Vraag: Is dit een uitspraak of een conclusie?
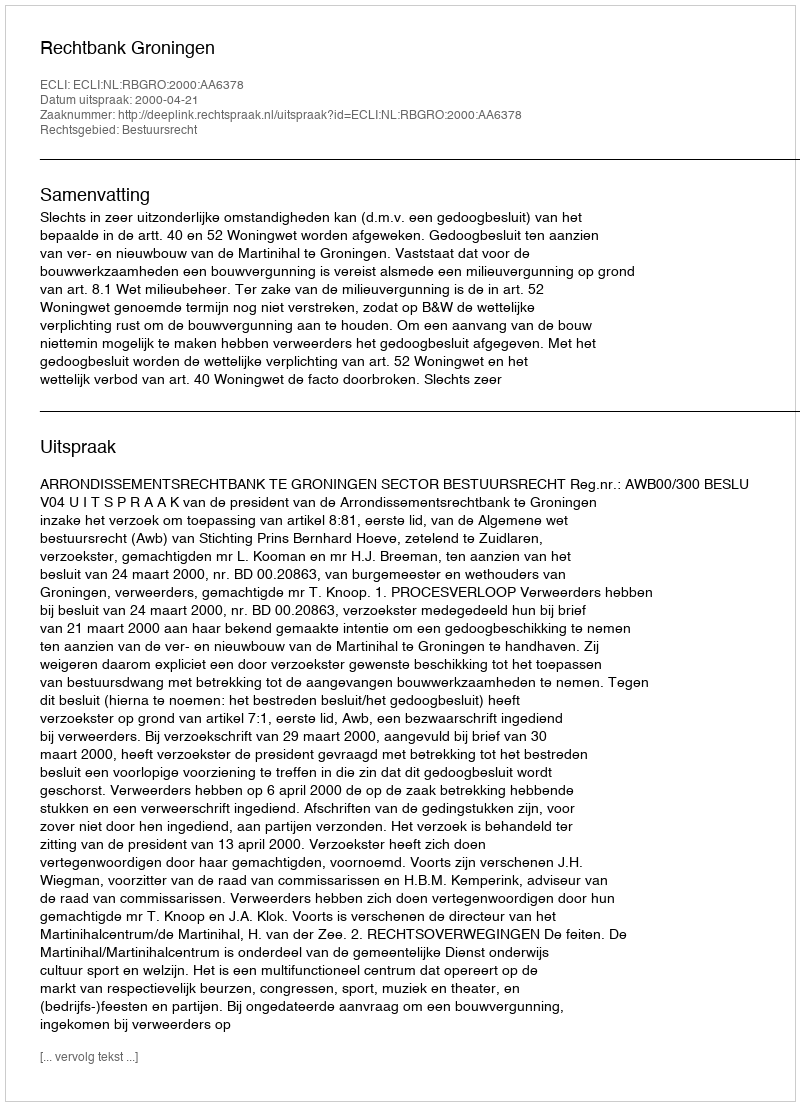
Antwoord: Uitspraak